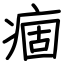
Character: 痼